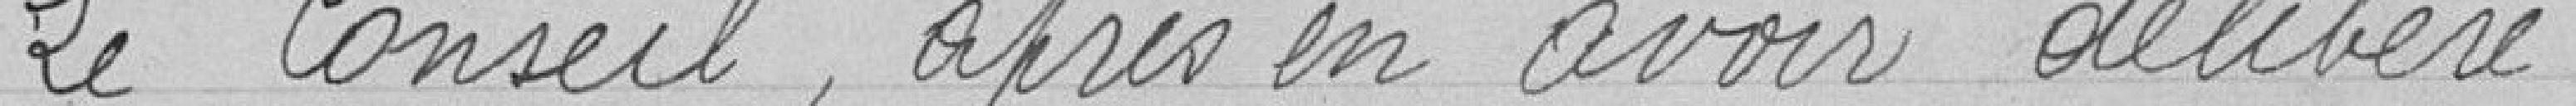
Le Conseil, après en avoir délibéré.